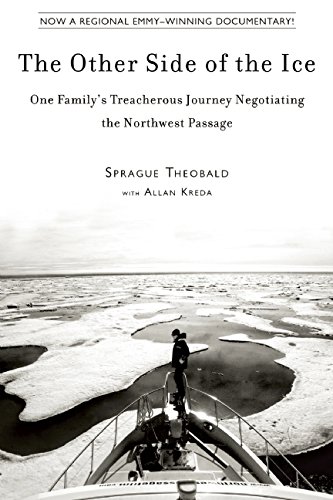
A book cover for The Other Side of the Ice: One FamilyEEs Treacherous Journey Negotiating the Northwest Passage; Sprague Theobald; Sports & Outdoors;